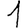
Digit: 1